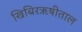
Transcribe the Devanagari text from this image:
खिबिरऋषीताल